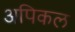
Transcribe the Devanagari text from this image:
अपिकल